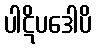
ပါဋိပဒေါပိ